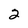
Character: 2